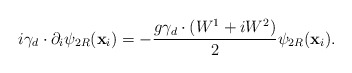
\begin{align*}i\gamma _{d}\cdot \partial _{i}\psi _{2R}(\mathbf{x}_{i})=-\frac{g\gamma_{d}\cdot (W^{1}+iW^{2})}{2}\psi _{2R}(\mathbf{x}_{i}). \end{align*}